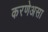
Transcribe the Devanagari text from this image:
करणेअसा